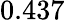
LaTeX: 0.437